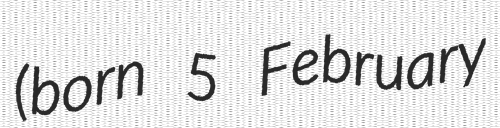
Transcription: (born 5 February